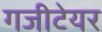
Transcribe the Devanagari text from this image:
गजीटेयर